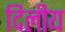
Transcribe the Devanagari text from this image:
दिलीय